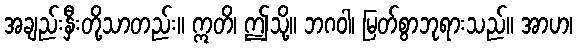
အချည်းနှီးတို့သာတည်း။ ဣတိ၊ ဤသို့။ ဘဂဝါ၊ မြတ်စွာဘုရားသည်။ အာဟ၊